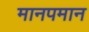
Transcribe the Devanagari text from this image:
मानपमान